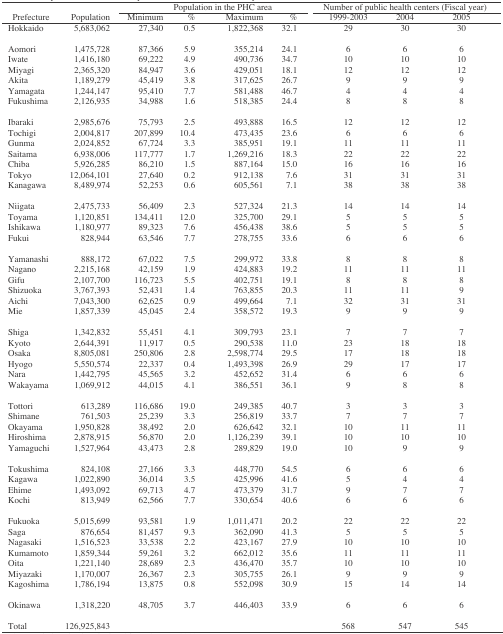
<table><thead><tr><td rowspan="3"><b>Prefecture</b></td><td rowspan="3"><b>Population</b></td><td colspan="4"><b>Population in the PHC area</b></td><td colspan="3"><b>Number of public health centers (Fiscal year)</b></td></tr><tr><td><b>Minimum</b></td><td><b>%</b></td><td><b>Maximum</b></td><td><b>%</b></td><td><b>1999-2003</b></td><td><b>2004</b></td><td><b>2005</b></td></tr></thead><tbody><tr><td>Hokkaido</td><td>5,683,062</td><td>27,340</td><td>0.5</td><td>1,822,368</td><td>32.1</td><td>29</td><td>30</td><td>30</td></tr><tr><td colspan="9"> </td></tr><tr><td>Aomori</td><td>1,475,728</td><td>87,366</td><td>5.9</td><td>355,214</td><td>24.1</td><td>6</td><td>6</td><td>6</td></tr><tr><td>Iwate</td><td>1,416,180</td><td>69,222</td><td>4.9</td><td>490,736</td><td>34.7</td><td>10</td><td>10</td><td>10</td></tr><tr><td>Miyagi</td><td>2,365,320</td><td>84,947</td><td>3.6</td><td>429,051</td><td>18.1</td><td>12</td><td>12</td><td>12</td></tr><tr><td>Akita</td><td>1,189,279</td><td>45,419</td><td>3.8</td><td>317,625</td><td>26.7</td><td>9</td><td>9</td><td>9</td></tr><tr><td>Yamagata</td><td>1,244,147</td><td>95,410</td><td>7.7</td><td>581,488</td><td>46.7</td><td>4</td><td>4</td><td>4</td></tr><tr><td>Fukushima</td><td>2,126,935</td><td>34,988</td><td>1.6</td><td>518,385</td><td>24.4</td><td>8</td><td>8</td><td>8</td></tr><tr><td colspan="9"> </td></tr><tr><td>Ibaraki</td><td>2,985,676</td><td>75,793</td><td>2.5</td><td>493,888</td><td>16.5</td><td>12</td><td>12</td><td>12</td></tr><tr><td>Tochigi</td><td>2,004,817</td><td>207,899</td><td>10.4</td><td>473,435</td><td>23.6</td><td>6</td><td>6</td><td>6</td></tr><tr><td>Gunma</td><td>2,024,852</td><td>67,724</td><td>3.3</td><td>385,951</td><td>19.1</td><td>11</td><td>11</td><td>11</td></tr><tr><td>Saitama</td><td>6,938,006</td><td>117,777</td><td>1.7</td><td>1,269,216</td><td>18.3</td><td>22</td><td>22</td><td>22</td></tr><tr><td>Chiba</td><td>5,926,285</td><td>86,210</td><td>1.5</td><td>887,164</td><td>15.0</td><td>16</td><td>16</td><td>16</td></tr><tr><td>Tokyo</td><td>12,064,101</td><td>27,640</td><td>0.2</td><td>912,138</td><td>7.6</td><td>31</td><td>31</td><td>31</td></tr><tr><td>Kanagawa</td><td>8,489,974</td><td>52,253</td><td>0.6</td><td>605,561</td><td>7.1</td><td>38</td><td>38</td><td>38</td></tr><tr><td colspan="9"> </td></tr><tr><td>Niigata</td><td>2,475,733</td><td>56,409</td><td>2.3</td><td>527,324</td><td>21.3</td><td>14</td><td>14</td><td>14</td></tr><tr><td>Toyama</td><td>1,120,851</td><td>134,411</td><td>12.0</td><td>325,700</td><td>29.1</td><td>5</td><td>5</td><td>5</td></tr><tr><td>Ishikawa</td><td>1,180,977</td><td>89,323</td><td>7.6</td><td>456,438</td><td>38.6</td><td>5</td><td>5</td><td>5</td></tr><tr><td>Fukui</td><td>828,944</td><td>63,546</td><td>7.7</td><td>278,755</td><td>33.6</td><td>6</td><td>6</td><td>6</td></tr><tr><td colspan="9"> </td></tr><tr><td>Yamanashi</td><td>888,172</td><td>67,022</td><td>7.5</td><td>299,972</td><td>33.8</td><td>8</td><td>8</td><td>8</td></tr><tr><td>Nagano</td><td>2,215,168</td><td>42,159</td><td>1.9</td><td>424,883</td><td>19.2</td><td>11</td><td>11</td><td>11</td></tr><tr><td>Gifu</td><td>2,107,700</td><td>116,723</td><td>5.5</td><td>402,751</td><td>19.1</td><td>8</td><td>8</td><td>8</td></tr><tr><td>Shizuoka</td><td>3,767,393</td><td>52,431</td><td>1.4</td><td>763,855</td><td>20.3</td><td>11</td><td>11</td><td>9</td></tr><tr><td>Aichi</td><td>7,043,300</td><td>62,625</td><td>0.9</td><td>499,664</td><td>7.1</td><td>32</td><td>31</td><td>31</td></tr><tr><td>Mie</td><td>1,857,339</td><td>45,045</td><td>2.4</td><td>358,572</td><td>19.3</td><td>9</td><td>9</td><td>9</td></tr><tr><td colspan="9"> </td></tr><tr><td>Shiga</td><td>1,342,832</td><td>55,451</td><td>4.1</td><td>309,793</td><td>23.1</td><td>7</td><td>7</td><td>7</td></tr><tr><td>Kyoto</td><td>2,644,391</td><td>11,917</td><td>0.5</td><td>290,538</td><td>11.0</td><td>23</td><td>18</td><td>18</td></tr><tr><td>Osaka</td><td>8,805,081</td><td>250,806</td><td>2.8</td><td>2,598,774</td><td>29.5</td><td>17</td><td>18</td><td>18</td></tr><tr><td>Hyogo</td><td>5,550,574</td><td>22,337</td><td>0.4</td><td>1,493,398</td><td>26.9</td><td>29</td><td>17</td><td>17</td></tr><tr><td>Nara</td><td>1,442,795</td><td>45,565</td><td>3.2</td><td>452,652</td><td>31.4</td><td>6</td><td>6</td><td>6</td></tr><tr><td>Wakayama</td><td>1,069,912</td><td>44,015</td><td>4.1</td><td>386,551</td><td>36.1</td><td>9</td><td>8</td><td>8</td></tr><tr><td colspan="9"> </td></tr><tr><td>Tottori</td><td>613,289</td><td>116,686</td><td>19.0</td><td>249,385</td><td>40.7</td><td>3</td><td>3</td><td>3</td></tr><tr><td>Shimane</td><td>761,503</td><td>25,239</td><td>3.3</td><td>256,819</td><td>33.7</td><td>7</td><td>7</td><td>7</td></tr><tr><td>Okayama</td><td>1,950,828</td><td>38,492</td><td>2.0</td><td>626,642</td><td>32.1</td><td>10</td><td>11</td><td>11</td></tr><tr><td>Hiroshima</td><td>2,878,915</td><td>56,870</td><td>2.0</td><td>1,126,239</td><td>39.1</td><td>10</td><td>10</td><td>10</td></tr><tr><td>Yamaguchi</td><td>1,527,964</td><td>43,473</td><td>2.8</td><td>289,829</td><td>19.0</td><td>10</td><td>9</td><td>9</td></tr><tr><td colspan="9"> </td></tr><tr><td>Tokushima</td><td>824,108</td><td>27,166</td><td>3.3</td><td>448,770</td><td>54.5</td><td>6</td><td>6</td><td>6</td></tr><tr><td>Kagawa</td><td>1,022,890</td><td>36,014</td><td>3.5</td><td>425,996</td><td>41.6</td><td>5</td><td>4</td><td>4</td></tr><tr><td>Ehime</td><td>1,493,092</td><td>69,713</td><td>4.7</td><td>473,379</td><td>31.7</td><td>9</td><td>7</td><td>7</td></tr><tr><td>Kochi</td><td>813,949</td><td>62,566</td><td>7.7</td><td>330,654</td><td>40.6</td><td>6</td><td>6</td><td>6</td></tr><tr><td colspan="9"> </td></tr><tr><td>Fukuoka</td><td>5,015,699</td><td>93,581</td><td>1.9</td><td>1,011,471</td><td>20.2</td><td>22</td><td>22</td><td>22</td></tr><tr><td>Saga</td><td>876,654</td><td>81,457</td><td>9.3</td><td>362,090</td><td>41.3</td><td>5</td><td>5</td><td>5</td></tr><tr><td>Nagasaki</td><td>1,516,523</td><td>33,538</td><td>2.2</td><td>423,167</td><td>27.9</td><td>10</td><td>10</td><td>10</td></tr><tr><td>Kumamoto</td><td>1,859,344</td><td>59,261</td><td>3.2</td><td>662,012</td><td>35.6</td><td>11</td><td>11</td><td>11</td></tr><tr><td>Oita</td><td>1,221,140</td><td>28,689</td><td>2.3</td><td>436,470</td><td>35.7</td><td>10</td><td>10</td><td>10</td></tr><tr><td>Miyazaki</td><td>1,170,007</td><td>26,367</td><td>2.3</td><td>305,755</td><td>26.1</td><td>9</td><td>9</td><td>9</td></tr><tr><td>Kagoshima</td><td>1,786,194</td><td>13,875</td><td>0.8</td><td>552,098</td><td>30.9</td><td>15</td><td>14</td><td>14</td></tr><tr><td colspan="9"> </td></tr><tr><td>Okinawa</td><td>1,318,220</td><td>48,705</td><td>3.7</td><td>446,403</td><td>33.9</td><td>6</td><td>6</td><td>6</td></tr><tr><td colspan="9"> </td></tr><tr><td>Total</td><td>126,925,843</td><td></td><td></td><td></td><td></td><td>568</td><td>547</td><td>545</td></tr></tbody></table>